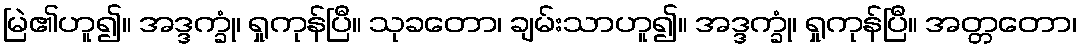
မြဲ၏ဟူ၍။ အဒ္ဒက္ခုံ၊ ရှုကုန်ပြီ။ သုခတော၊ ချမ်းသာဟူ၍။ အဒ္ဒက္ခုံ၊ ရှုကုန်ပြီ။ အတ္တတော၊